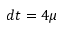
d t = 4 \mu